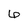
Character: 6